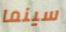
سينما